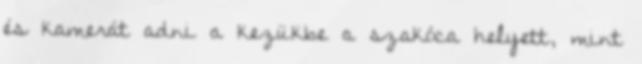
és kamerát adni a kezükbe a szakóca helyett, mint